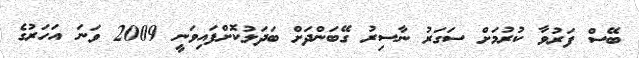
ބޭސް ފަރުވާ ކުރުމަށް ސަގަރު ނާސިރު ގޭބަންދަށް ބަދަލުކޮށްފައިވަނީ 2009 ވަނަ އަހަރުގެ